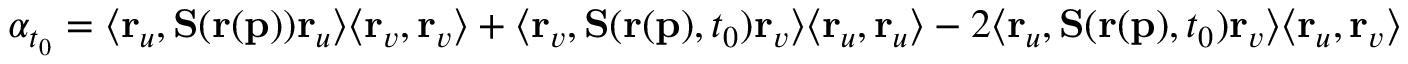
\alpha _ { t _ { 0 } } = \langle \mathbf { r } _ { u } , \mathbf { S } ( \mathbf { r } ( \mathbf { p } ) ) \mathbf { r } _ { u } \rangle \langle \mathbf { r } _ { v } , \mathbf { r } _ { v } \rangle + \langle \mathbf { r } _ { v } , \mathbf { S } ( \mathbf { r } ( \mathbf { p } ) , t _ { 0 } ) \mathbf { r } _ { v } \rangle \langle \mathbf { r } _ { u } , \mathbf { r } _ { u } \rangle - 2 \langle \mathbf { r } _ { u } , \mathbf { S } ( \mathbf { r } ( \mathbf { p } ) , t _ { 0 } ) \mathbf { r } _ { v } \rangle \langle \mathbf { r } _ { u } , \mathbf { r } _ { v } \rangle